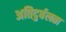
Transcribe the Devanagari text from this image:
अतिदुर्बलता